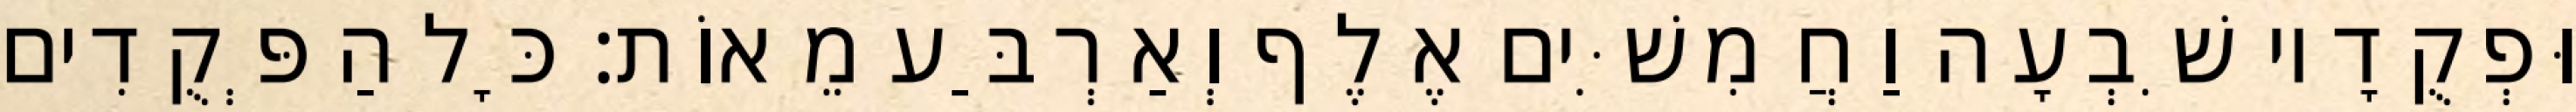
וּפְקֻדָיו שִׁבְעָה וַחֲמִשִּׁים אֶלֶף וְאַרְבַּע מֵאוֹת׃ כָּל הַפְּקֻדִים